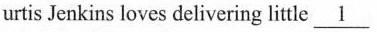
urtis Jenkins loves delivering little\underline{1}